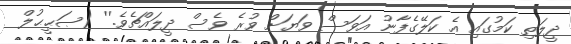
ދީލަތި ކަމުގައި އެ ކަލޭގެފާނު އަވަސް ވަޔަށް ވުރެ ވެސް ދީލައްޗެވެ.'' (ޞަޙީޙުލް